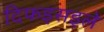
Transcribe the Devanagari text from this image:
दिफइसइले